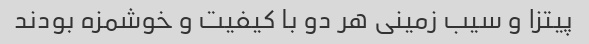
پیتزا و سیب زمینی هر دو با کیفیت و خوشمزه بودند